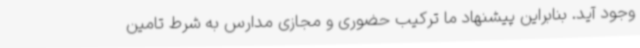
وجود آید. بنابراین پیشنهاد ما ترکیب حضوری و مجازی مدارس به شرط تامین